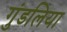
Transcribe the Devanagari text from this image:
गुंडलिया